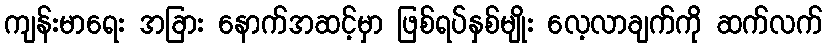
ကျန်းမာရေး အခြား နောက်အဆင့်မှာ ဖြစ်ရပ်နှစ်မျိုး လေ့လာချက်ကို ဆက်လက်